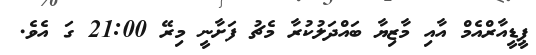
ޕީޑީއާރްއެމް އާއި މާޒިޔާ ބައްދަލުކުރާ މެޗު ފަށާނީ މިރޭ 21:00 ގަ އެވެ.